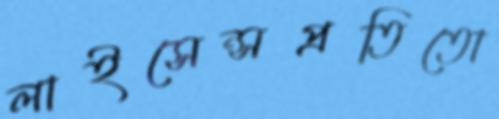
লাইসেন্সপ্রতিতো